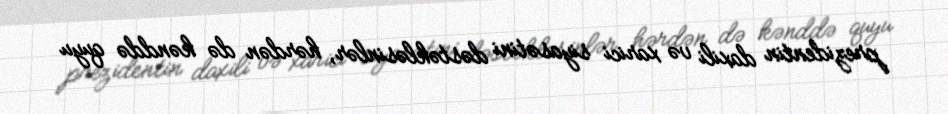
prezidentin daxili və xarici siyasətini dəstəkləsinlər, hərdən də kənddə quyu